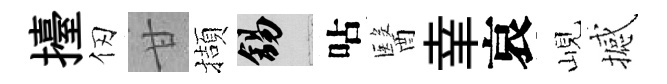
擡仞甘擷錫呫醫𦍒哀峴撼